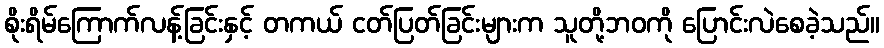
စိုးရိမ်ကြောက်လန့်ခြင်းနှင့် တကယ် ငတ်ပြတ်ခြင်းများက သူတို့ဘဝကို ပြောင်းလဲစေခဲ့သည်။